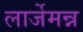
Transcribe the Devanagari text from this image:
लार्जेमन्न